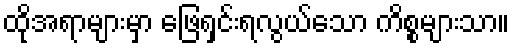
ထိုအရာများမှာ ဖြေရှင်းရလွယ်သော ကိစ္စများသာ။